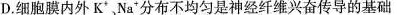
D. 细胞膜内外 K ^{+}、Na ^{+}分布不均匀是神经纤维兴奋传导的基础